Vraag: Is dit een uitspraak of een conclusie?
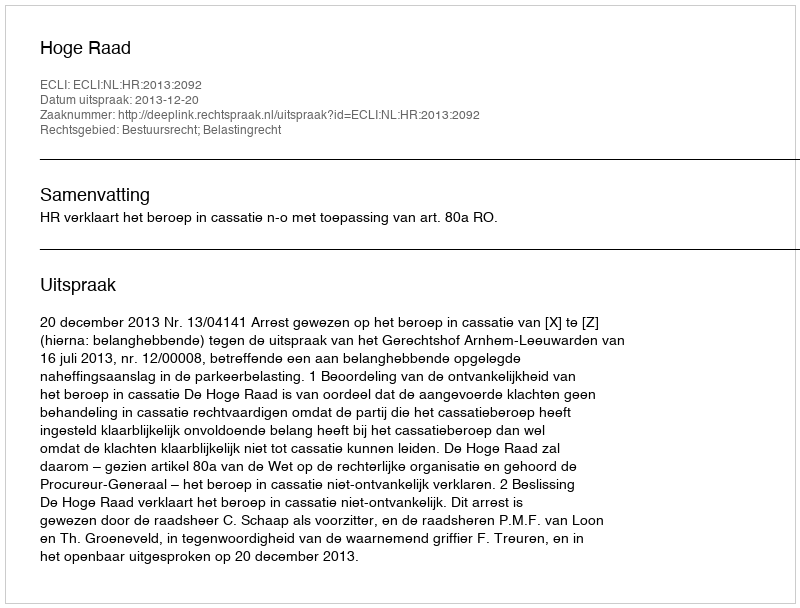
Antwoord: Uitspraak